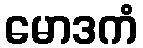
မောဒကံ